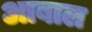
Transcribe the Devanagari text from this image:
आबाल